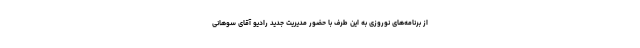
از برنامه‌های نوروزی به این طرف با حضور مدیریت جدید رادیو آقای سوهانی